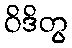
ဝိဒိတွ